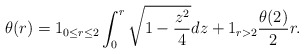
\begin{align*}\theta(r)=1_{0\leq r\leq 2}\int_{0}^{r}\sqrt{1-\frac{z^{2}}{4}}dz+1_{r>2}\frac{\theta(2)}{2}r.\end{align*}